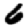
Digit: 6